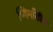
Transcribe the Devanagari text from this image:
प्यिमाँतीज